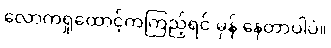
လောကရှုထောင့်ကကြည့်ရင် မှန် နေတာပါပဲ။